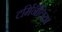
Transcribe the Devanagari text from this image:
टर्मिनॅलिया